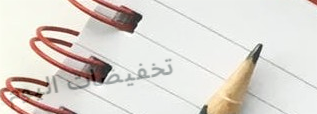
تخفيضات اليوم